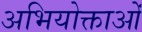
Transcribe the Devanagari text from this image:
अभियोक्ताओं